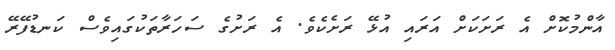
އާންމުކޮށް އެ ރަށަކަށް އަރައި އުޅޭ ރަށެކެވެ. އެ ރަށުގެ ސަހަރާތަކުގައިވެސް ކަނޑުފޭރޭ